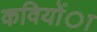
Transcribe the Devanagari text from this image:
कवियोंा